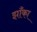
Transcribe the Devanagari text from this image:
झाँका